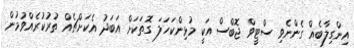
އިންގިލާބެއް ގެންނެވި ސްޓީވް ޖޮބްސް އަކީ މުޅިންކަހަލަ ގޮތަކަށް އަބަދު އެކަށްޗެއް ތުރުކުރެއްވުމުން